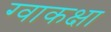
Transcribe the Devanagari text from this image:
ग्वाकक्षा